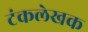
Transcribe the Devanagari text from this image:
टंकलेखक